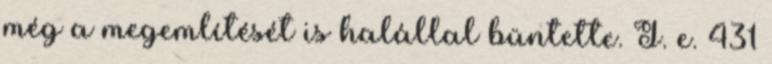
még a megemlítését is halállal büntette. I. e. 431